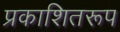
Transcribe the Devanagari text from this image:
प्रकाशितरूप